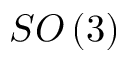
S O \left( 3 \right)